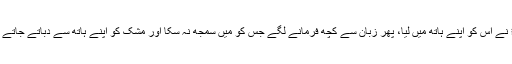
آپﷺ نے اس کو اپنے ہاتھ میں لیا، پھر زبان سے کچھ فرمانے لگے جس کو میں سمجھ نہ سکا اور مشک کو اپنے ہاتھ سے دباتے جاتے تھے۔